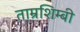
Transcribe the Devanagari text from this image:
ताम्रशिम्बी